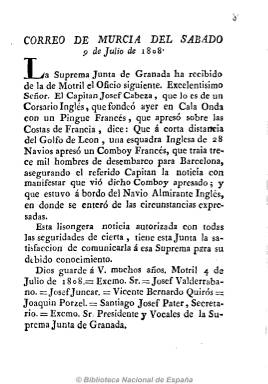
Título: Correo de Murcia
Colección: Periódicos anteriores a 1850
Ámbito geográfico: Murcia
Lugar de publicación: Murcia
Fechas: 09/07/1808-31/10/1809

Su primer número apareció entre el 13 o el 14 de junio de 1808, “impreso de orden de la Junta”, que no es otra que la Suprema del Reino de Murcia, y saliendo de las prensas de la Imprenta de la Viuda de Muñiz, que durante esta época se denominará también de los Herederos de Muñiz. Órgano oficioso por tanto de dicha Junta, es un periódico patriótico y noticioso, al estilo de los que se publican en otras ciudades españolas por sus respectivas juntas durante la invasión napoleónica, es decir, con noticias y crónicas a través de las cuales se van conociendo los avatares de la guerra contra el ejército imperial francés, entre estos la batalla de Bailén o la llegada y paso por Murcia de los diferentes ejércitos españoles. De periodicidad trisemanal y de cuatro páginas, a veces publica números extraordinarios y suplementos con una sola página impresa, que podría servir como hoja volandera para pegarla en las paredes. Algunos suplementos se imprimieron en Valencia, por Josef de Orga. En junio de de 1813 todavía se publicaba.